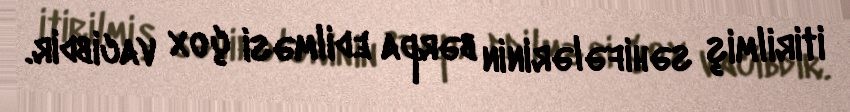
itirilmiş səhifələrinin bərpa edilməsi çox vacibdir.